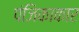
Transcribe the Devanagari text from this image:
पंजिकाकार